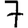
Digit: 7